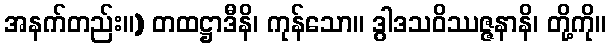
အနက်တည်း။) တထဋ္ဌာဒီနိ၊ ကုန်သော။ ဒွါဒသဝိဿဇ္ဇနာနိ၊ တို့ကို။